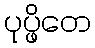
ပုပ္ဖိတေ